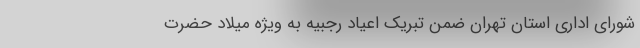
شورای اداری استان تهران ضمن تبریک اعیاد رجبیه به ویژه میلاد حضرت